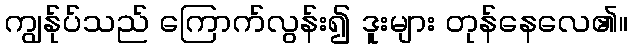
ကျွန်ုပ်သည် ကြောက်လွန်း၍ ဒူးများ တုန်နေလေ၏။